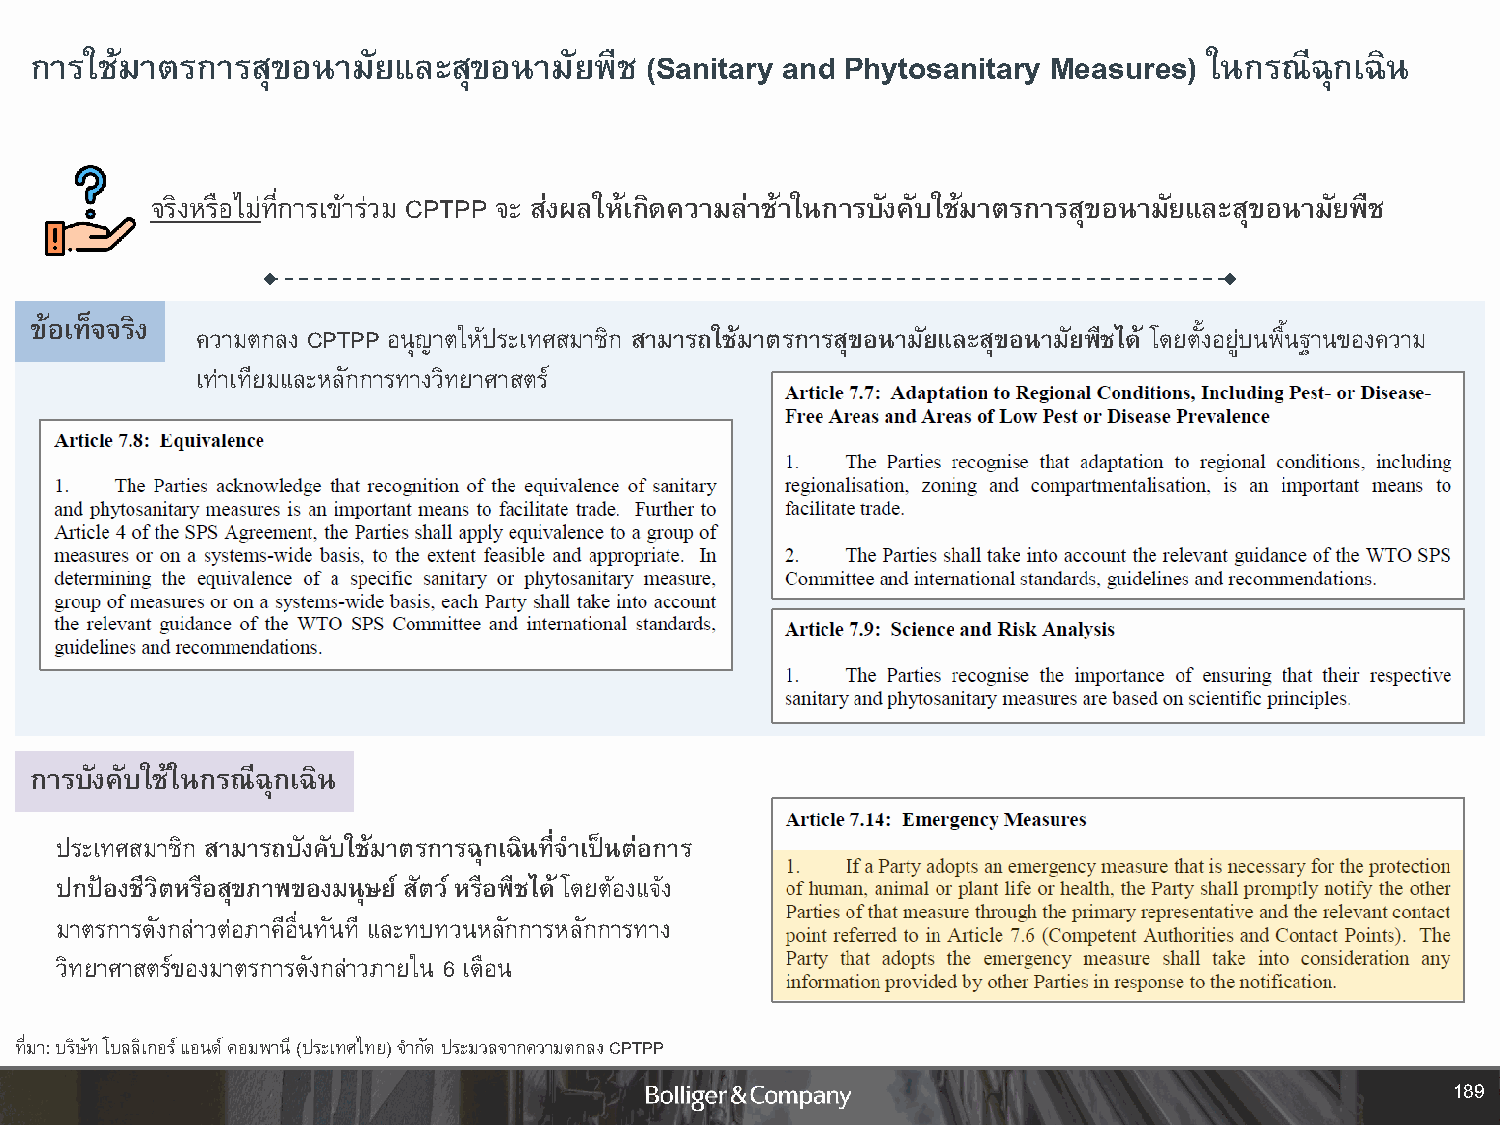
การใช้มาตรการสุขอนามัยและสุขอนามัยพืช    (Sanitary and Phytosanitary Measures) ในกรณีฉุกเฉิน
 จริงหรือไม่ที่การเข้าร่วม CPTPP จะ ส่งผลให้เกิดความล่าชา้ ในการบังคับใช้มาตรการสุขอนามัยและสุขอนามัยพืช
 ข้อเท็จจริง
 ความตกลง CPTPP อนุญาตให้ประเทศสมาชิก สามารถใช้มาตรการสุขอนามัยและสุขอนามัยพืชได้ โดยตั้งอยู่บนพื้นฐานของความ
 เท่าเทียมและหลักการทางวิทยาศาสตร์
 การบังคับใช้ในกรณีฉุกเฉิน
 ประเทศสมาชิก สามารถบังคับใช้มาตรการฉุกเฉินที่จ าเป็นต่อการ
 ปกป้องชีวิตหรือสุขภาพของมนุษย์ สัตว์ หรือพืชได้ โดยต้องแจ้ง
 มาตรการดังกล่าวต่อภาคีอื่นทันที และทบทวนหลักการหลักการทาง
 วิทยาศาสตร์ของมาตรการดังกล่าวภายใน 6 เดือน
 ที่มา: บริษัท โบลลิเกอร์ แอนด์ คอมพานี (ประเทศไทย) จ ากัด ประมวลจากความตกลง CPTPP
 189